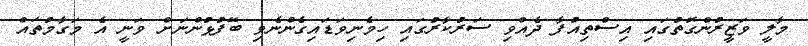
މާލީ ވަޒީރުންގޮތުގައި އިސްތިއުފާ ދެއްވި ސަރުކާރުގައި ހިމެނިވަޑައިގެންނެވި ބޭފުޅުންނަށް ވަނީ އެ މަގާމުތައް